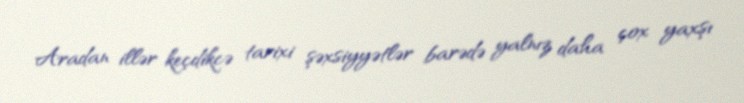
Aradan illər keçdikcə tarixi şəxsiyyətlər barədə yalnız daha çox yaxşı